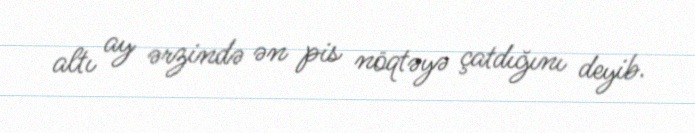
altı ay ərzində ən pis nöqtəyə çatdığını deyib.